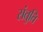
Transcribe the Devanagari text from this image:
संतुति